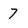
Character: 7